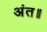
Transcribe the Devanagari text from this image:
अंत॥